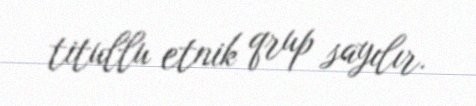
titullu etnik qrup sayılır.